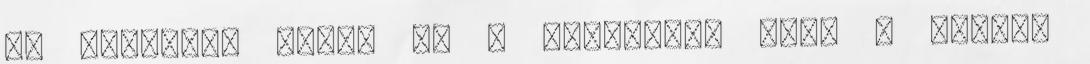
Én ugyanazt várom el a férjemtől amit ő tőlem,